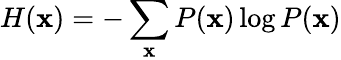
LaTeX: H(\mathbf{x})=-\sum_{\mathbf{x}}P(\mathbf{x})\log P(\mathbf{x})